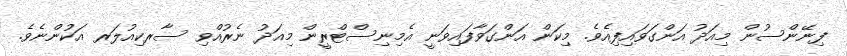
ފިނޭންސުން މިއަދު އަންގަވައިފިއެވެ. މިކަން އަންގަވާފައިވަނީ އެމިނިސްޓްރީން މިއަދު ނެރުއްވި ސާރކިއުލަރ އަކުންނެވެ.